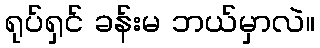
ရုပ်ရှင် ခန်းမ ဘယ်မှာလဲ။